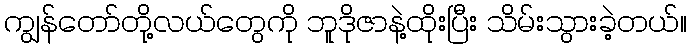
ကျွန်တော်တို့လယ်တွေကို ဘူဒိုဇာနဲ့ထိုးပြီး သိမ်းသွားခဲ့တယ်။